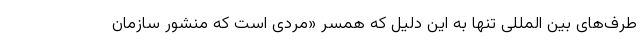
طرف‌های بین المللی تنها به این دلیل که همسر «مردی است که منشور سازمان